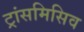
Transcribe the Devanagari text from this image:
ट्रांसमिसिव